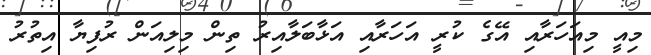
މިއީ މިއަހަރާއި އޭގެ ކުރީ އަހަރާއި އަޅާބަލާއިރު ތިން މިލިއަން ރުފިޔާ އިތުރު